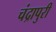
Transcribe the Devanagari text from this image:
चंद्रापुरी